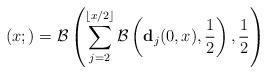
LaTeX: \begin{align*}\left(x; \right) = \mathcal{B}\left(\sum_{j=2}^{\left \lfloor x/2 \right \rfloor} \mathcal{B}\left(\mathbf{d}_j(0,x), \frac{1}{2} \right), \frac{1}{2} \right) \end{align*}